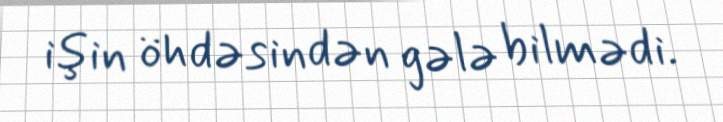
işin öhdəsindən gələ bilmədi.